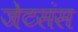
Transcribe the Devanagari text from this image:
जेटसंस